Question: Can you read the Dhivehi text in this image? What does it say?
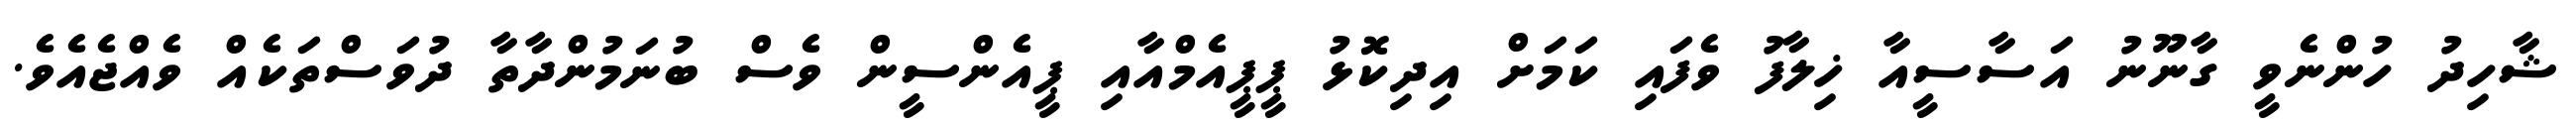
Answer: ޝާހިދު ހުންނެވީ ގާނޫނު އަސާސީއާ ޚިލާފު ވެފައި ކަމަށް އިދިކޮޅު ޕީޕީއެމްއާއި ޕީއެންސީން ވެސް ބުނަމުންދާތާ ދުވަސްތަކެއް ވެއްޖެއެވެ.